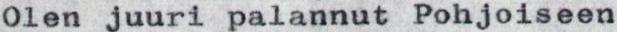
Olen juuri palannut Pohjoiseen